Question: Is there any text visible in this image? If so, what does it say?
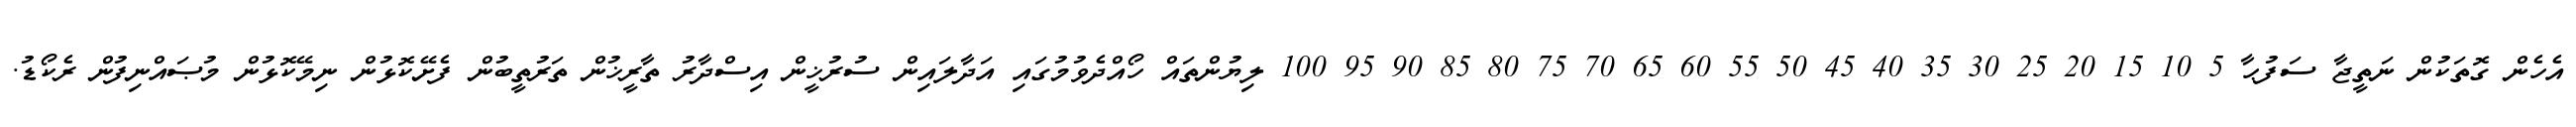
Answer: އެހެން ގޮތަކުން ނަތީޖާ ސަފުޙާ 5 10 15 20 25 30 35 40 45 50 55 60 65 70 75 80 85 90 95 100 ލިޔުންތައް ހޯއްދެވުމުގައި އަދާލައިން ސުރުޚީން އިސްދާރު ތާރީޚުން ތަރުތީބުން ފެށޭކޮޅުން ނިމޭކޮޅުން މުޞައްނިފުން ރެކޯޑު.